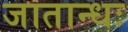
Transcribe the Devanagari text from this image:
जातान्धः